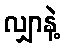
လျှာနဲ့